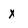
Character: x